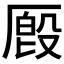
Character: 𪠔